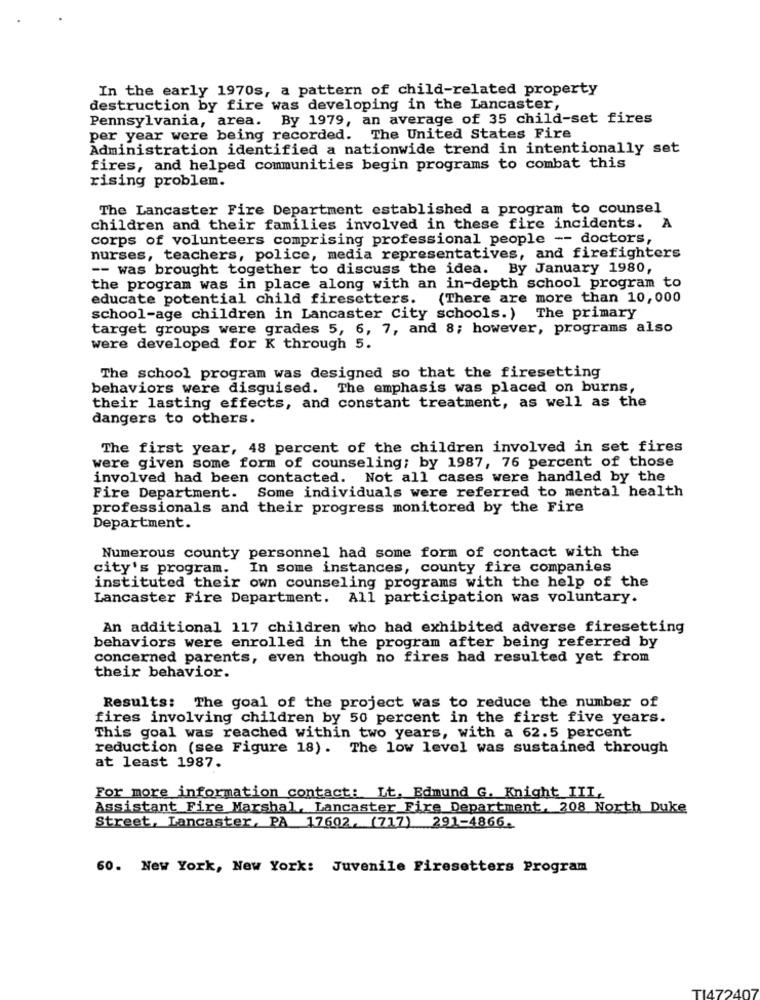
In the early 1970s, a pattern of child-related property
destruction by fire was developing in the Lancaster,
Pennsylvania, area. By 1979, an average of 35 child-set fires
per year were being recorded. The United States Fire
Administration identified a nationwide trend in intentionally set
fires, and helped communities begin programs to combat this
rising problem.
The Lancaster Fire Department established a program to counsel
children and their families involved in these fire incidents. A
corps of volunteers comprising professional people -- doctors,
nurses, teachers, police, media representatives, and firefighters
-- was brought together to discuss the idea. By January 1980,
the program was in place along with an in-depth school program to
educate potential child firesetters. (There are more than 10,000
school-age children in Lancaster City schools.) The primary
target groups were grades 5, 6, 7, and 8; however, programs also
were developed for K through 5.
The school program was designed so that the firesetting
behaviors were disguised. The emphasis was placed on burns,
their lasting effects, and constant treatment, as well as the
dangers to others.
The first year, 48 percent of the children involved in set fires
were given some form of counseling; by 1987, 76 percent of those
involved had been contacted. Not all cases were handled by the
Fire Department. Some individuals were referred to mental health
professionals and their progress monitored by the Fire
Department.
Numerous county personnel had some form of contact with the
city's program.
In some instances, county fire companies
instituted their own counseling programs with the help of the
Lancaster Fire Department. All participation was voluntary.
An additional 117 children who had exhibited adverse firesetting
behaviors were enrolled in the program after being referred by
concerned parents, even though no fires had resulted yet from
their behavior.
Results: The goal of the project was to reduce the number of
fires involving children by 50 percent in the first five years.
This goal was reached within two years, with a 62.5 percent
reduction (see Figure 18). The low level was sustained through
at least 1987.
For more information contact: Lt. Edmund G. Knight III,
Assistant Fire Marshal, Lancaster Fire Department, 208 North Duke
Street, Lancaster, PA 17602. (717) 291-4866.
60. New York, New York: Juvenile Firesetters Program
TI472407